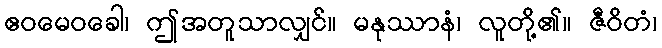
ဧဝမေဝခေါ၊ ဤအတူသာလျှင်။ မနုဿာနံ၊ လူတို့၏။ ဇီဝိတံ၊